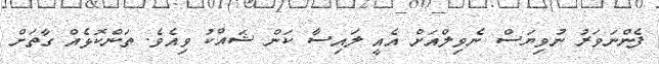
ފެންނަވަރު ނުވިޔަސް ނެވިލްއަށް އެއީ ލައިސާ ކަން ޝައްކު ވިއެވެ. ތަންކޮޅެއް ގާތަށް